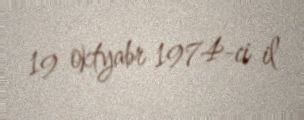
19 oktyabr 1974-ci il